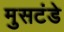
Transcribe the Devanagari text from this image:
मुसटंडे